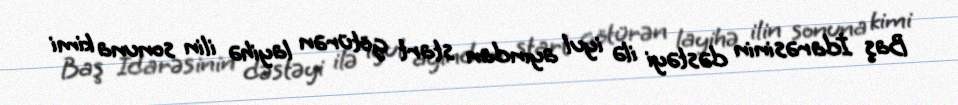
Baş İdarəsinin dəstəyi ilə iyul ayından start götürən layihə ilin sonuna kimi